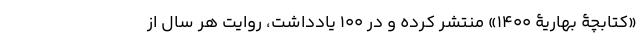
«کتابچۀ بهاریۀ 1400» منتشر کرده و در 100 یادداشت، روایت هر سال از